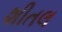
શીતલ